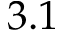
3 . 1